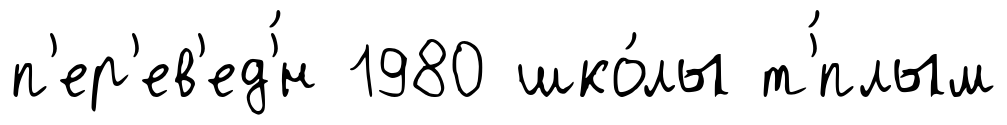
п'ер'ев'ед'́н 1980 шко́лы т'́плым